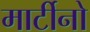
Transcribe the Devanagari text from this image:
मार्टीनो